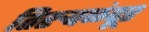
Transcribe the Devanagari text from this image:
तिरुवळंदूर